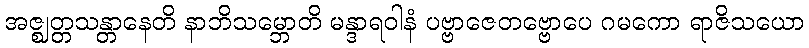
အဇ္ဈတ္တသန္တာနေတိ နာဘိသမ္ဘောတိ မန္ဒာရဝါနံ ပဗ္ဗာဇေတဗ္ဗောပေ ဂမကော ရာဇိသယော